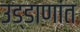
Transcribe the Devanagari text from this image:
उड्डाणांत